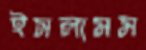
ইসলামম